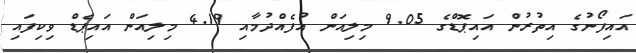
އައިފޯނުގެ އިތުރުން އައިޕޮޑްގެ 9.05 މިލިއަން އުފެއްދުމާއި 4.19 މިލިއަން އައިޕެޑް ވިކިފައި